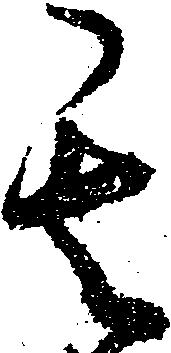
其